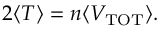
2 \langle T \rangle = n \langle V _ { \mathrm { T O T } } \rangle .